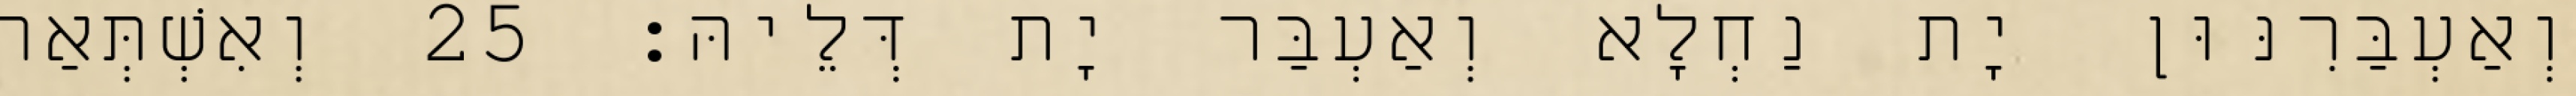
וְאַעְבַּרִנּוּן יָת נַחְלָא וְאַעְבַּר יָת דְּלֵיהּ׃ 25 וְאִשְׁתְּאַר